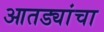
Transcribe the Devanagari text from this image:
आतड्यांचा